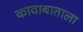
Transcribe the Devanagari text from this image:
कावाबाताला